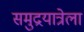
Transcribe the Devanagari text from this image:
समुद्रयात्रेला